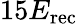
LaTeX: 15E_{\mathrm{rec}}